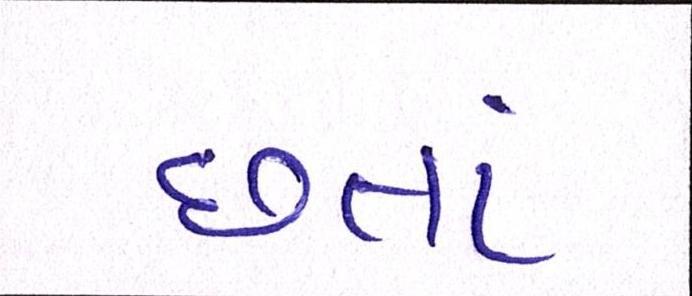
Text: છતાં